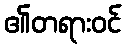
၏တရားဝင်